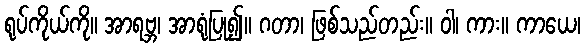
ရုပ်ကိုယ်ကို။ အာရဗ္ဘ၊ အာရုံပြု၍။ ဂတာ၊ ဖြစ်သည်တည်း။ ဝါ၊ ကား။ ကာယေ၊